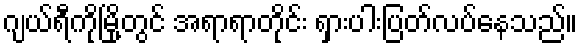
ဂျယ်ရီကိုမြို့တွင် အရာရာတိုင်း ရှားပါးပြတ်လပ်နေသည်။